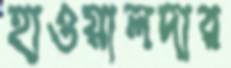
হাওয়ালদার